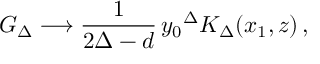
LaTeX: G _ { \Delta } \longrightarrow \frac { 1 } { 2 \Delta - d } \, { y _ { 0 } } ^ { \Delta } K _ { \Delta } ( x _ { 1 } , z ) \, ,